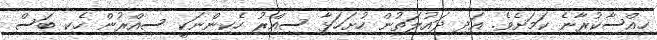
ހިއްސާކުރާނެ ކަމަށެވެ. އަދި ދައުލަތުން ހުށަހަޅާ ސިއްރު ހެކިންނަކީ ސިއްރުން ހެކި ބަސް